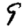
Digit: 9